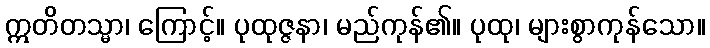
ဣတိတသ္မာ၊ ကြောင့်။ ပုထုဇ္ဇနာ၊ မည်ကုန်၏။ ပုထု၊ များစွာကုန်သော။